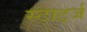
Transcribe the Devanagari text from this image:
स्टार्ट्ज